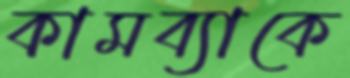
কামব্যাকে